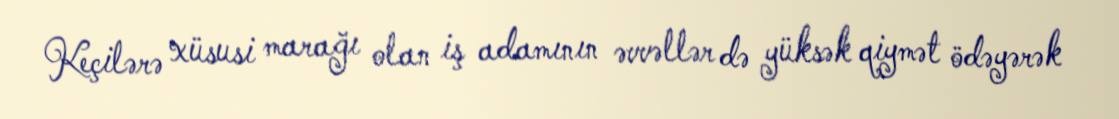
Keçilərə xüsusi marağı olan iş adamının əvvəllər də yüksək qiymət ödəyərək